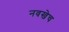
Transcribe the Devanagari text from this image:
नवखेच